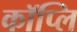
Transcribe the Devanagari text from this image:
कॉप्लि